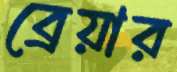
ব্রেয়ার